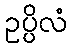
ဥပ္ပိလံ